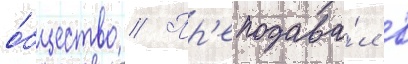
о́бщество // Пр'еподава́л в